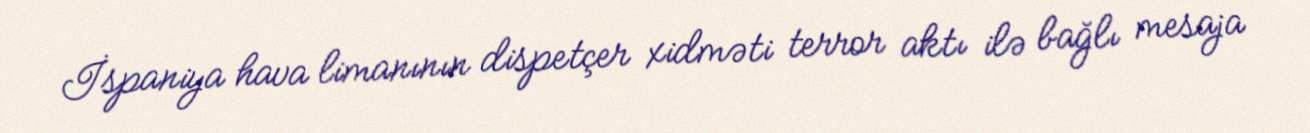
İspaniya hava limanının dispetçer xidməti terror aktı ilə bağlı mesaja